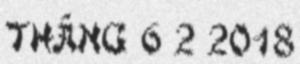
THÁNG 6 2 2018